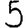
Digit: 5